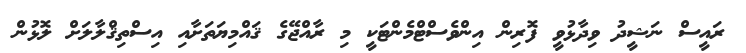
ރައީސް ނަޝީދު ވިދާޅުވީ ފޮރިން އިންވެސްޓްމެންޓަކީ މި ރާއްޖޭގެ ޤައްމިޔަތަށާއި އިސްތިޤްލާލަށް ލޮޅުން